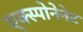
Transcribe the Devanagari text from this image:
एक्स्पोनेनेट